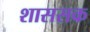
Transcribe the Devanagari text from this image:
शाससक